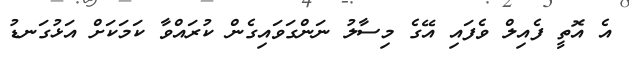
އެ އޮތީ ފެއިލް ވެފައި އޭގެ މިސާލު ނަންގަވައިގެން ކުރައްވާ ކަމަކަށް އަޅުގަނޑު